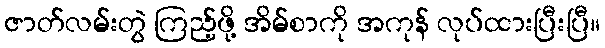
ဇာတ်လမ်းတွဲ ကြည့်ဖို့ အိမ်စာကို အကုန် လုပ်ထားပြီးပြီ။